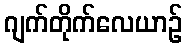
ဂျက်တိုက်လေယာဉ်